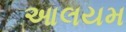
આલયમ